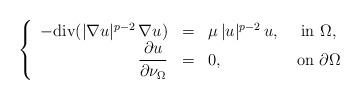
LaTeX: \begin{align*}\left\{\begin{array}{rclc}-\mathrm{div}(|\nabla u|^{p-2}\,\nabla u)&=&\mu\,|u|^{p-2}\,u,& \mbox{ in }\Omega,\\\displaystyle\frac{\partial u}{\partial \nu_\Omega}&=&0, & \mbox{ on }\partial\Omega\end{array}\right.\end{align*}